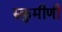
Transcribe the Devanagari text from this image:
रुकुमीणी